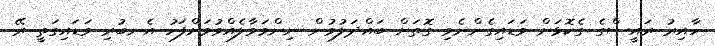
ހާއިރު ރައީސްގެ ގެކޮޅަށް ވަޑައިގެންނެވި ގޮތަށް ބައްދަލުވުން ނިންމަވާލެއްވުމަށްފަހު އެނބުރި ވަޑައިގަތީ ރޭ